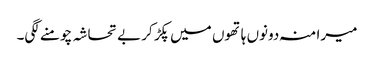
میرا منہ دونوں ہاتھوں میں پکڑ کر بے تحاشہ چومنے لگی۔